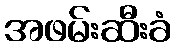
အဖမ်းဆီးခံ